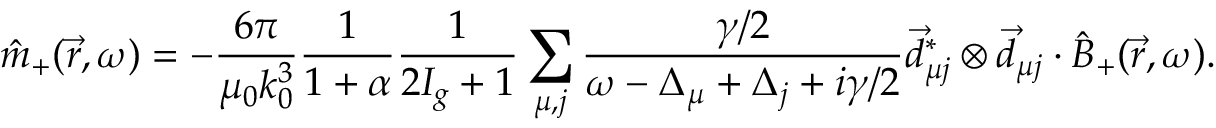
\hat { m } _ { + } ( \vec { r } , \omega ) = - \frac { 6 \pi } { \mu _ { 0 } k _ { 0 } ^ { 3 } } \frac { 1 } { 1 + \alpha } \frac { 1 } { 2 I _ { g } + 1 } \sum _ { \mu , j } \frac { \gamma / 2 } { \omega - \Delta _ { \mu } + \Delta _ { j } + i \gamma / 2 } \vec { d } _ { \mu j } ^ { * } \otimes \vec { d } _ { \mu j } \cdot \hat { B } _ { + } ( \vec { r } , \omega ) .